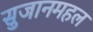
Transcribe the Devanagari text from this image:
सुजानमहल